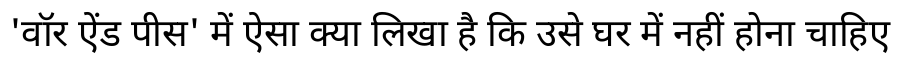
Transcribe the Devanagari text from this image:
'वॉर ऐंड पीस' में ऐसा क्या लिखा है कि उसे घर में नहीं होना चाहिए